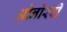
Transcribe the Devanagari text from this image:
ओनोररी